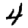
Digit: 4